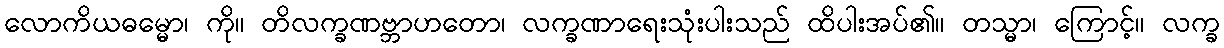
လောကိယဓမ္မော၊ ကို။ တိလက္ခဏဗ္ဘာဟတော၊ လက္ခဏာရေးသုံးပါးသည် ထိပါးအပ်၏။ တသ္မာ၊ ကြောင့်။ လက္ခ